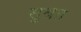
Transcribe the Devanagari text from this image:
सुश्रत